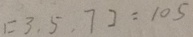
[ 3 , 5 , 7 ] = 1 0 5